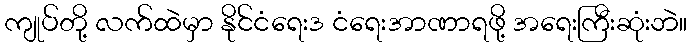
ကျုပ်တို့ လက်ထဲမှာ နိုင်ငံရေးဒ ငံရေးအာဏာရဖို့ အရေးကြီးဆုံးဘဲ။